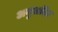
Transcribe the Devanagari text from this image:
अनुवादिट